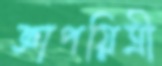
জ্ঞাপয়িত্রী